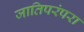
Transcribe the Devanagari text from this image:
जातिपरंपरा